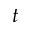
t